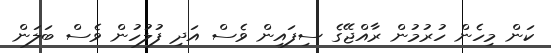
ކަން މިހެން ހުރުމުން ރާއްޖޭގެ ސިފައިން ވެސް އަދި ފުލުހުން ވެސް ބަލަން